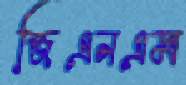
জিএনএম